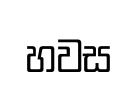
හවස